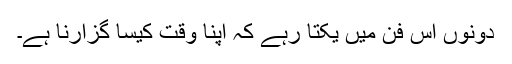
دونوں اس فن میں یکتا رہے کہ اپنا وقت کیسا گزارنا ہے۔